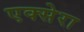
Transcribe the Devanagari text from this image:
एक्सेरा